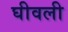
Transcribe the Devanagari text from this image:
घीवली